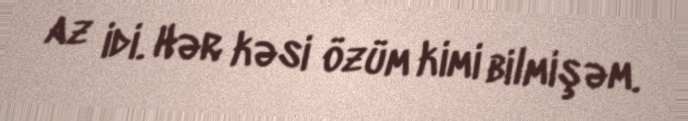
az idi. Hər kəsi özüm kimi bilmişəm.